Indian journal of veterinary science and animal husbandry - Volume 8,
Year: 1938
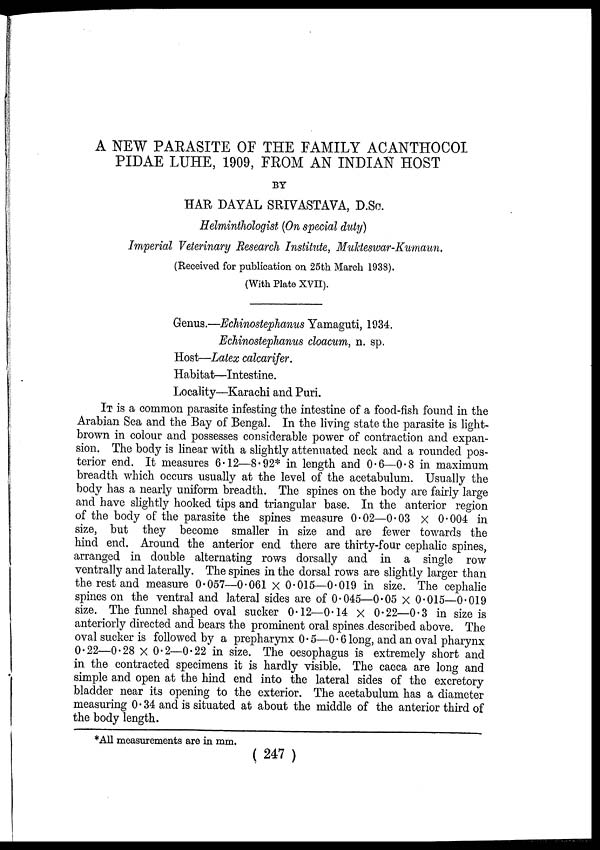
A NEW PARASITE OF THE FAMILY ACANTHOCOI
PIDAE LUHE, 1909, FROM AN INDIAN HOST
BY
HAR DAYAL SRIVASTAVA, D.Sc.
Helminthologist (On special duty)
Imperial Veterinary Research Institute, Mukteswar-Kumaun.
(Received for publication on 25th March 1938).
(With Plate XVII).
Genus.—Echinostephanus Yamaguti, 1934.
Echinostephanus cloacum, n. sp.
Host—Latex calcarifer.
Habitat—Intestine.
Locality—Karachi and Puri.
IT is a common parasite infesting the intestine of a food-fish found in the
Arabian Sea and the Bay of Bengal. In the living state the parasite is light-
brown in colour and possesses considerable power of contraction and expan-
sion. The body is linear with a slightly attenuated neck and a rounded pos-
terior end. It measures 6.12—8.92* in length and 0.6—0.8 in maximum
breadth which occurs usually at the level of the acetabulum. Usually the
body has a nearly uniform breadth. The spines on the body are fairly large
and have slightly hooked tips and triangular base. In the anterior region
of the body of the parasite the spines measure 0.02—0.03 × 0.004 in
size, but they become smaller in size and are fewer towards the
hind end. Around the anterior end there are thirty-four cephalic spines,
arranged in double alternating rows dorsally and in a single row
ventrally and laterally. The spines in the dorsal rows are slightly larger than
the rest and measure 0.057—0.061 × 0.015—0.019 in size. The cephalic
spines on the ventral and lateral sides are of 0.045—0.05 × 0.015—0.019
size. The funnel shaped oval sucker 0.12—0.14 × 0.22—0.3 in size is
anteriorly directed and bears the prominent oral spines described above. The
oval sucker is followed by a prepharynx 0.5—0.6 long, and an oval pharynx
0.22—0.28 × 0.2—0.22 in size. The oesophagus is extremely short and
in the contracted specimens it is hardly visible. The caeca are long and
simple and open at the hind end into the lateral sides of the excretory
bladder near its opening to the exterior. The acetabulum has a diameter
measuring 0.34 and is situated at about the middle of the anterior third of
the body length.
*All measurements are in mm.
(247)